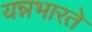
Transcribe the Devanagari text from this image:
यन्नभारते